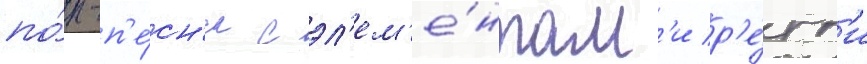
по́п-п'е́сн'я с эл'ем'е́нтам'и р'е́гг'и